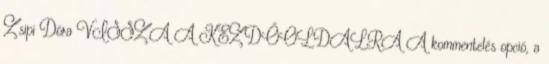
Zsipi Dóra VISSZA A KEZDŐOLDALRA A kommentelés opció, a